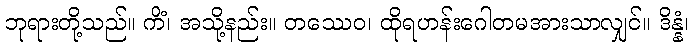
ဘုရားတို့သည်။ ကိံ၊ အသို့နည်း။ တဿေဝ၊ ထိုရဟန်းဂေါတမအားသာလျှင်။ ဒိန္နံ၊